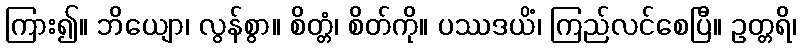
ကြား၍။ ဘိယျော၊ လွန်စွာ။ စိတ္တံ၊ စိတ်ကို။ ပဿဒယိံ၊ ကြည်လင်စေပြီ။ ဥတ္တရိ၊